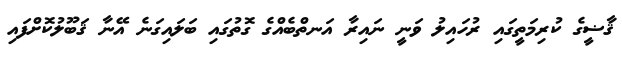
ޤާޟީގެ ކުރިމަތީގައި ރުހައިލު ވަނީ ނައިރާ އަނތްބެއްގެ ގޮތުގައި ބަލައިގަނެ އޭނާ ޤަބޫލުކޮށްފައި